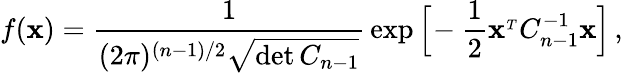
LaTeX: f({\mathbf x})={\frac{1}{(2\pi)^{(n-1)/2}\sqrt{\operatorname*{det}C_{n-1}}}}\exp\Big[\! -{\frac{1}{2}}{\mathbf x}^{_T}C_{n-1}^{-1}{\mathbf x}\Big]\, ,